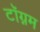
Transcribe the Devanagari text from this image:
टॉग्नम